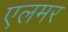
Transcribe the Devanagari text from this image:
एलमर